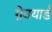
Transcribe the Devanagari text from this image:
ग्रेवयार्ड